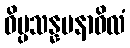
ဝိပ္ပသန္နမနာဝိလံ